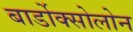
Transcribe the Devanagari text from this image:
बार्डोक्सोलोन